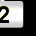
Digit: 2